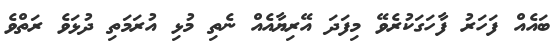
ބައެއް ފަހަރު ފާހަގަކުރެވޭ މިފަދަ އޭރިޔާއެއް ނެތި މުޅި އުރަމަތި ދުޅަވެ ރަތްވެ